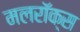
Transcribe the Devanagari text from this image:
मलरॉक्स